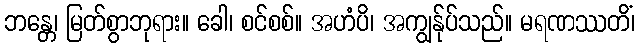
ဘန္တေ၊ မြတ်စွာဘုရား။ ခေါ၊ စင်စစ်။ အဟံပိ၊ အကျွန်ုပ်သည်။ မရဏဿတိံ၊